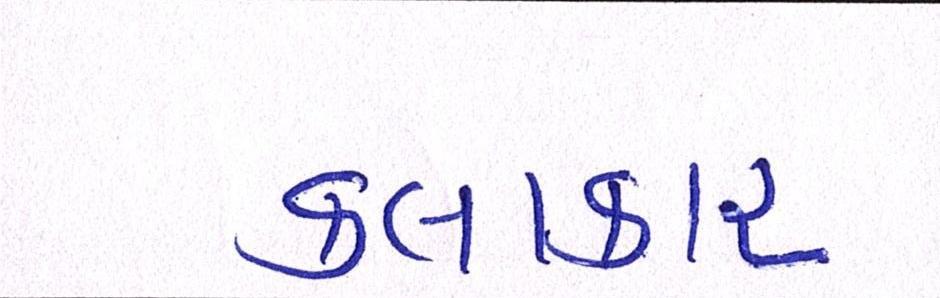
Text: કલાકાર